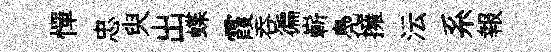
憚忠臾出蝶霞吞徧嶄鳧擁沄系報